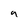
Character: 9